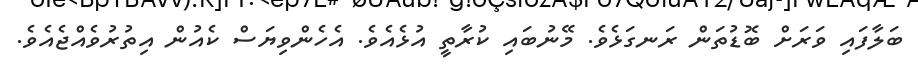
ބަލާފައި ވަރަށް ބޮޑުތަން ރަނގަޅެވެ. މޭނުބައި ކުރާތީ އުޅެއެވެ. އެހެންވިޔަސް ކެއުން އިތުރުވެއްޖެއެވެ.